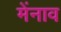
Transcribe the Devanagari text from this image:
मेंनाव